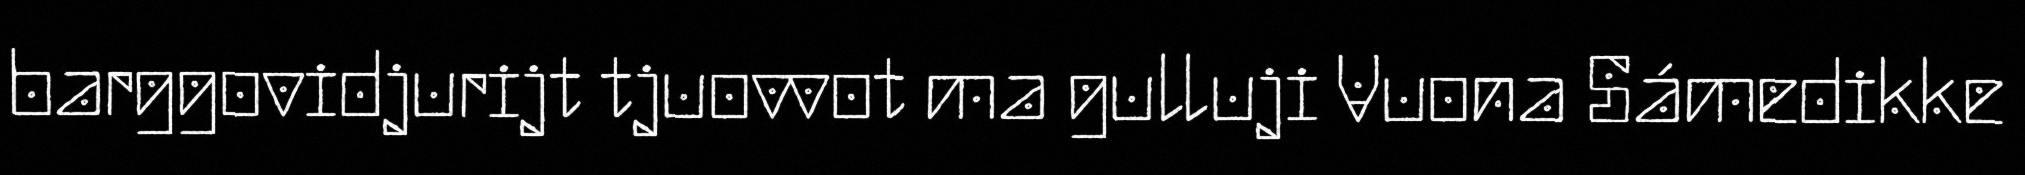
barggovidjurijt tjuovvot ma gulluji Vuona Sámedikke